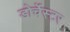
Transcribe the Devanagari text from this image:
डोर्चेस्टर